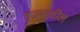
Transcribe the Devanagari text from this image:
रज्यातील